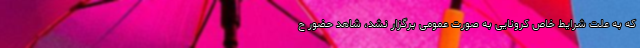
که به علت شرایط خاص کرونایی به صورت عمومی برگزار نشد، شاهد حضور ح